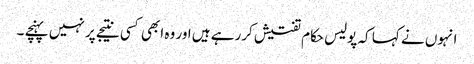
انہوں نے کہا کہ پولیس حکام تفتیش کررہے ہیں اور وہ ابھی کسی نتیجے پر نہیں پہنچے ۔